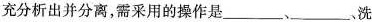
充分析出并分离，需采用的操作是___、___洗